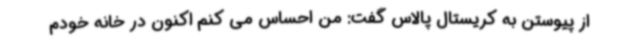
از پیوستن به کریستال پالاس گفت: من احساس می کنم اکنون در خانه خودم